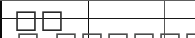
٢١